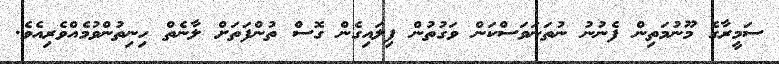
ސަމީރާގެ މޫނުމަތިން ފެނުނު ނުތަނަވަސްކަން ވަގުތުން ފިލައިގެން ގޮސް ތުންފަތަށް ލާނެތް ހިނިތުންވުމެއްވެރިއެވެ.